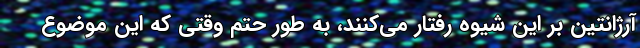
آرژانتین بر این شیوه رفتار می‌کنند، به طور حتم وقتی که این موضوع